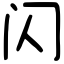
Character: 闪